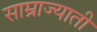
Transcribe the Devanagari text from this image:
साम्राज्याती